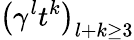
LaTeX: \left(\gamma^{l}t^{k}\right)_{l+k\geq 3}